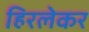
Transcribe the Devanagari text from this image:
हिरलेकर